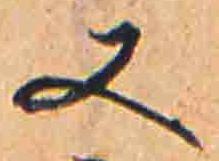
又